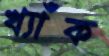
খ্যাঁক